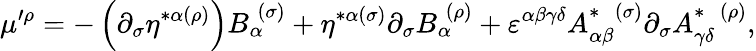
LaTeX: \mu^{\prime\rho}=-\left(\partial_{\sigma}\eta^{*\alpha(\rho)}\right)B_{\alpha}^{\; (\sigma)}+\eta^{*\alpha(\sigma)}\partial_{\sigma}B_{\alpha}^{\; (\rho)}+\varepsilon^{\alpha\beta\gamma\delta}A_{\alpha\beta}^{*\; \; (\sigma)}\partial_{\sigma}A_{\gamma\delta}^{*\; \; (\rho)},